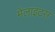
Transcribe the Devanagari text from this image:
मेलाइटस